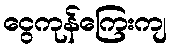
ငွေကုန်ကြေးကျ